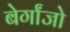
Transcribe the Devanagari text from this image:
बेर्गांजो